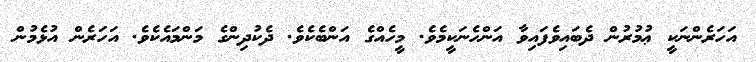
އަހަރެންނަކީ ޢުމުރުން ދެބައިވެފައިވާ އަންހެނަކީމެވެ. މީހެއްގެ އަންބެކެވެ. ދެކުދިންގެ މަންމައެކެވެ. އަހަރެން އުޅެމުން